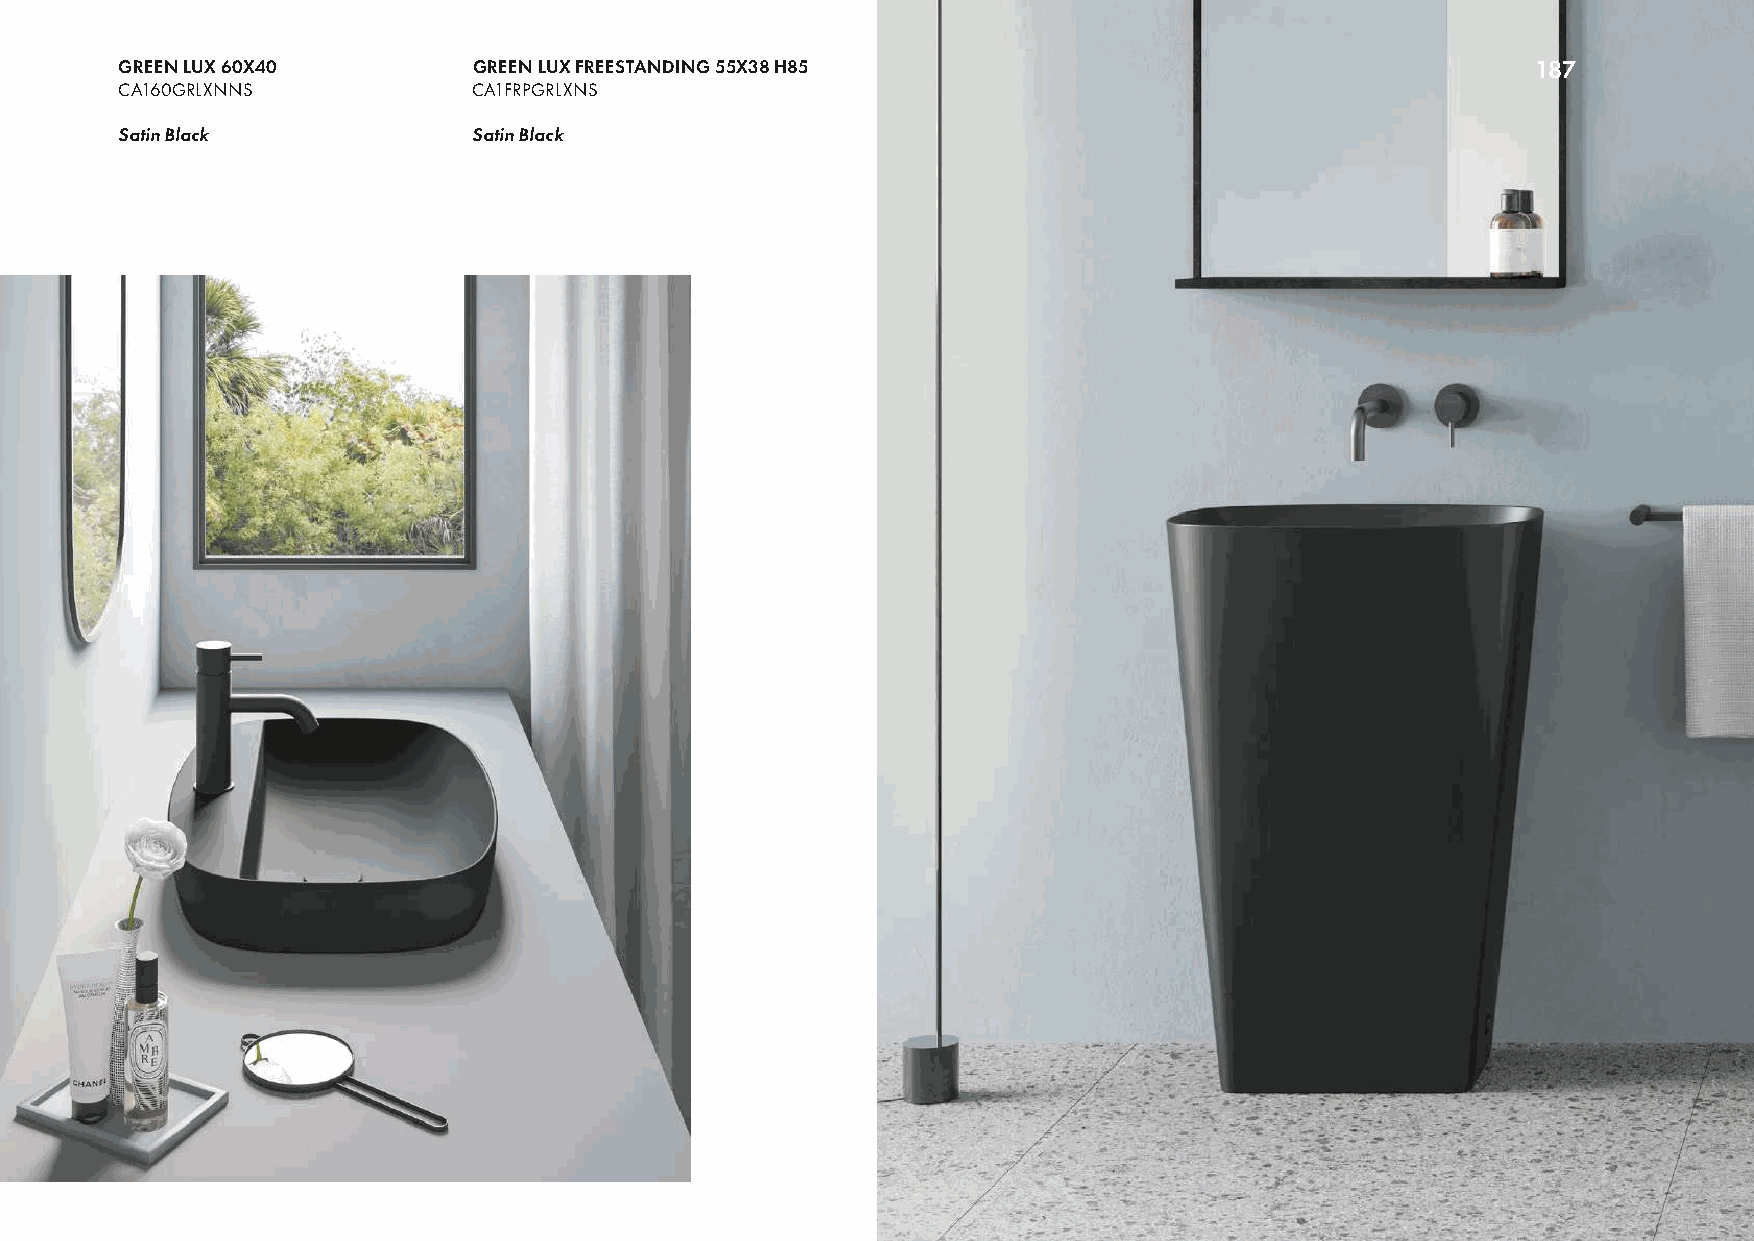
GREEN LUX 60X40        GREEN LUX FREESTANDING 55X38 H85                                       187
 CA160GRLXNNS           CA1FRPGRLXNS
 Satin Black            Satin Black